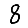
Digit: 8